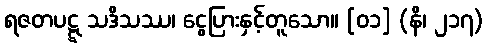
ရဇတပဋ္ဋ သဒိသဿ၊ ငွေပြားနှင့်တူသော။ [၀၁] (နိ၊ ၂၁၇)